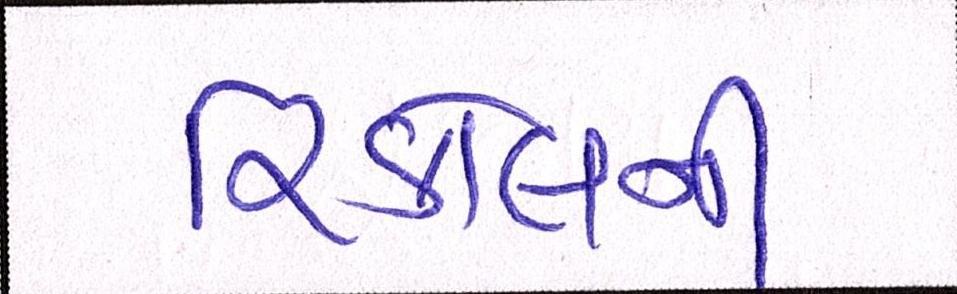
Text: રિકોલની